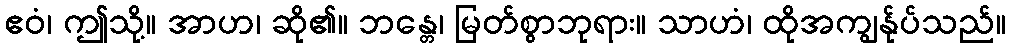
ဧဝံ၊ ဤသို့။ အာဟ၊ ဆို၏။ ဘန္တေ၊ မြတ်စွာဘုရား။ သာဟံ၊ ထိုအကျွန်ုပ်သည်။